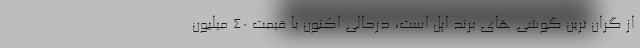
از گران ترین گوشی های برند اپل است، درحالی اکنون با قیمت 40 میلیون